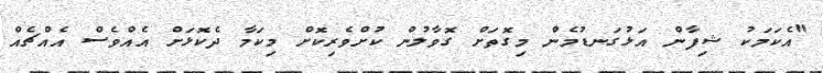
"އެކަމަކު ޝިފާން އަޅުގަނޑުމެން މިގޮތަށް ގޮވާލުން ކުށްވެރިކޮށް މިކަމާ ދެކޮޅަށް އެއްވެސް އެއްޗެއް